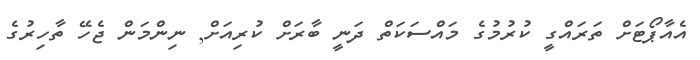
އެއާޕޯޓަށް ތަރައްގީ ކުރުމުގެ މައްސަކަތް ދަނީ ބާރަށް ކުރިއަށް